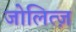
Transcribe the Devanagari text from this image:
जोलित्ज़